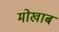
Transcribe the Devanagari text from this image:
मोखाब